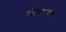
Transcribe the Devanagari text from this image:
जीवाष्मना